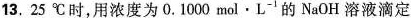
13.25^{\circ}C时，用浓度为0.1000mol·L^{-1}的NaOH溶液滴定